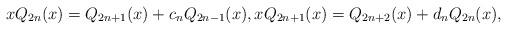
LaTeX: \begin{align*}xQ_{2n}(x)=Q_{2n+1}(x)+c_nQ_{2n-1}(x),xQ_{2n+1}(x)=Q_{2n+2}(x)+d_nQ_{2n}(x),\end{align*}